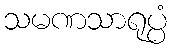
သမဏသာရုပ္ပံ